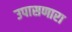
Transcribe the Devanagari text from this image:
उपासणारा